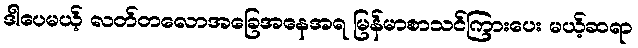
ဒါပေမယ့် လတ်တလောအခြေအနေအရ မြန်မာစာသင်ကြားပေး မယ့်ဆရာ